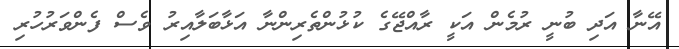
އޭނާ އަދި ބުނީ ރުމެން އަކީ ރާއްޖޭގެ ކުޅުންތެރިންނާ އަޅާބަލާއިރު ވެސް ފެންވަރުހުރި